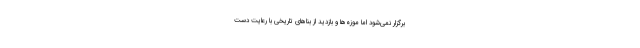
برگزار نمی‌شود اما موزه‌ها و بازدید از بناهای تاریخی با رعایت دست